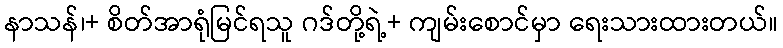
နာသန်၊+ စိတ်အာရုံမြင်ရသူ ဂဒ်တို့ရဲ့+ ကျမ်းစောင်မှာ ရေးသားထားတယ်။